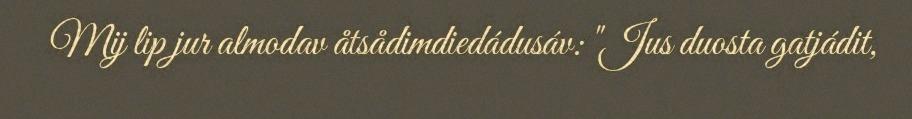
Mij lip jur almodav åtsådimdiedádusáv: "Jus duosta gatjádit,